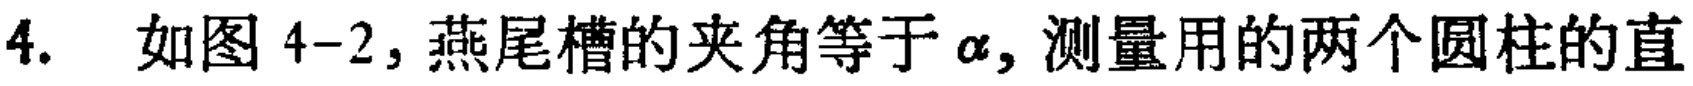
4. 如图4-2，燕尾槽的夹角等于\(\alpha\)，测量用的两个圆柱的直